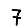
Digit: 7